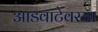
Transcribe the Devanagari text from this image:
आडवाटेवरचा